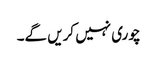
چوری نہیں کریں گے۔